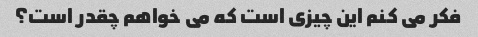
فکر می کنم این چیزی است که می خواهم چقدر است؟